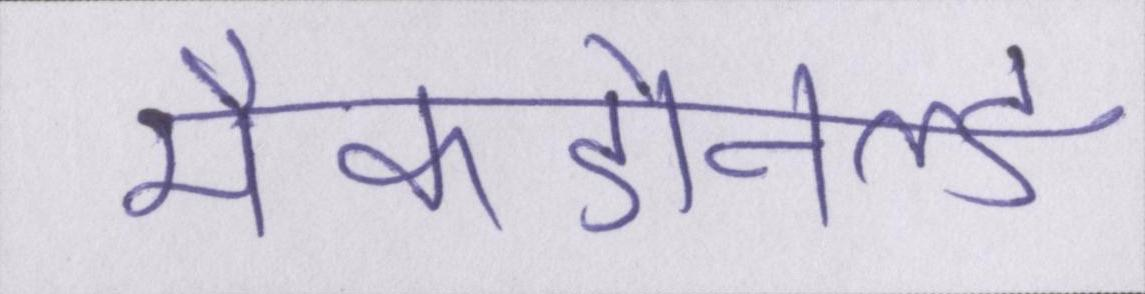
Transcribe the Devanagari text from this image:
मैकडोनल्ड